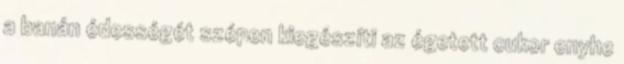
a banán édességét szépen kiegészíti az égetett cukor enyhe